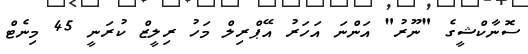
ސޮނާކްޝީގެ "ނޫރު" އަންނަ އަހަރު އޭޕްރިލް މަހު ރިލީޒް ކުރަނީ 45 މިނެޓް